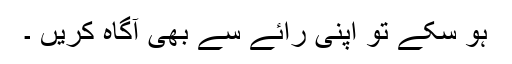
ہو سکے تو اپنی رائے سے بھی آگاہ کریں ۔